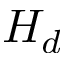
H _ { d }